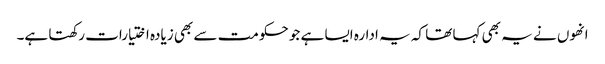
انھوں نے یہ بھی کہا تھا کہ یہ ادارہ ایسا ہے جو حکومت سے بھی زیادہ اختیارات رکھتا ہے۔